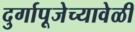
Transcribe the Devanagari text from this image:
दुर्गापूजेच्यावेळी